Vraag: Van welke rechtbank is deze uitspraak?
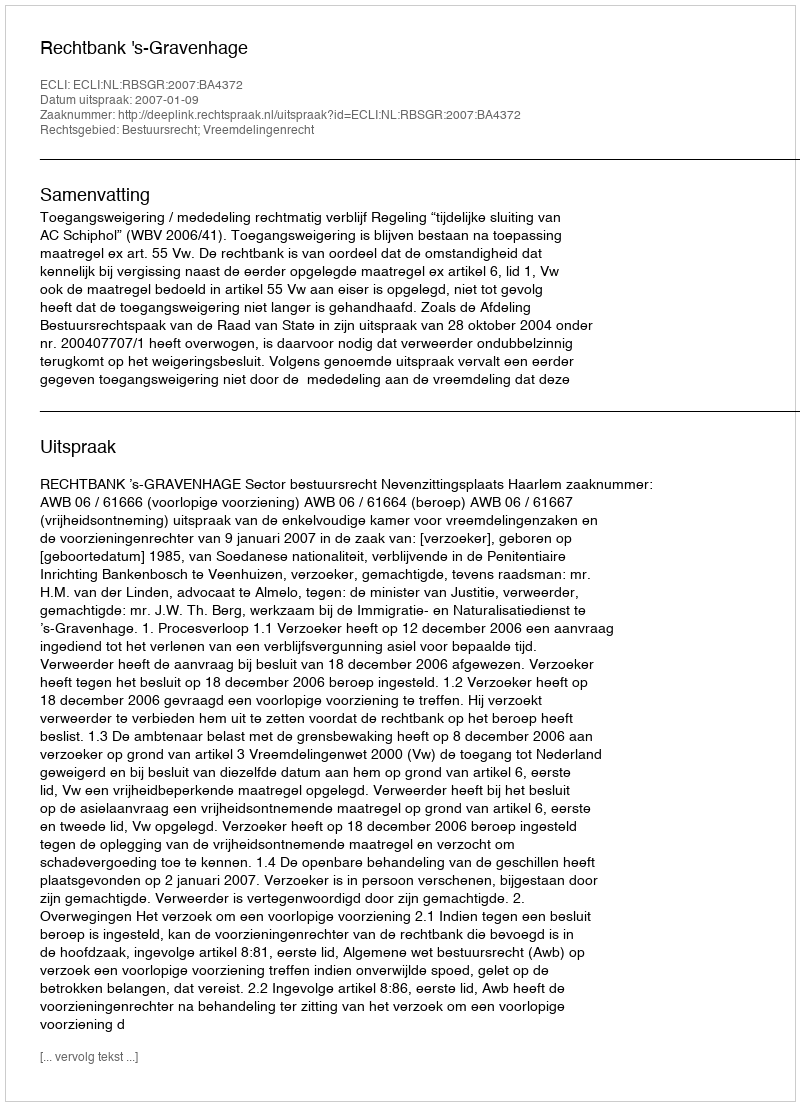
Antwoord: Rechtbank 's-Gravenhage